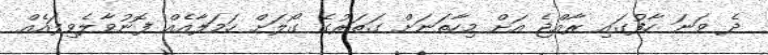
ދެ ވަނަ ހާފުގައި ރާއްޖެ އަށް މިހާތަނަށް ގަތަރުގެ ގޯލަށް ހަމަލާއެއް ފޮނުވާލެވިފައެއް